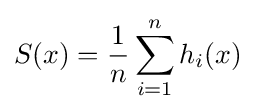
S(x)={\frac {1}{n}}\sum _{i=1}^{n}h_{i}(x)